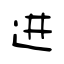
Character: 进